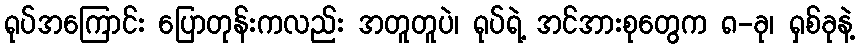
ရုပ်အကြောင်း ပြောတုန်းကလည်း အတူတူပဲ၊ ရုပ်ရဲ့ အင်အားစုတွေက ၈-ခု၊ ရှစ်ခုနဲ့